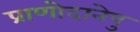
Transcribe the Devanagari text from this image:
प्राणोदानेषु